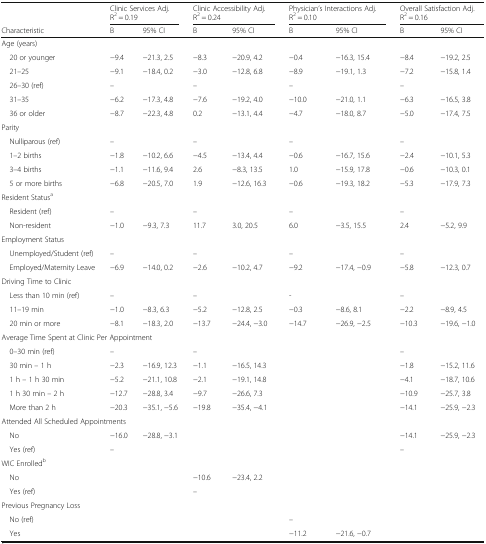
<table><thead><tr><td></td><td colspan="2"><b>Clinic Services Adj. R<sup>2</sup> = 0.19</b></td><td colspan="2"><b>Clinic Accessibility Adj. R<sup>2</sup> = 0.24</b></td><td colspan="2"><b>Physician’s Interactions Adj. R<sup>2</sup> = 0.10</b></td><td colspan="2"><b>Overall Satisfaction Adj. R<sup>2</sup> = 0.16</b></td></tr><tr><td><b>Characteristic</b></td><td><b>B</b></td><td><b>95% CI</b></td><td><b>B</b></td><td><b>95% CI</b></td><td><b>B</b></td><td><b>95% CI</b></td><td><b>B</b></td><td><b>95% CI</b></td></tr></thead><tbody><tr><td colspan="9">Age (years)</td></tr><tr><td> 20 or younger</td><td>−9.4</td><td>−21.3, 2.5</td><td>−8.3</td><td>−20.9, 4.2</td><td>−0.4</td><td>−16.3, 15.4</td><td>−8.4</td><td>−19.2, 2.5</td></tr><tr><td> 21–25</td><td>−9.1</td><td>−18.4, 0.2</td><td>−3.0</td><td>−12.8, 6.8</td><td>−8.9</td><td>−19.1, 1.3</td><td>−7.2</td><td>−15.8, 1.4</td></tr><tr><td> 26–30 (ref)</td><td>–</td><td></td><td>–</td><td></td><td>–</td><td></td><td>–</td><td></td></tr><tr><td> 31–35</td><td>−6.2</td><td>−17.3, 4.8</td><td>−7.6</td><td>−19.2, 4.0</td><td>−10.0</td><td>−21.0, 1.1</td><td>−6.3</td><td>−16.5, 3.8</td></tr><tr><td> 36 or older</td><td>−8.7</td><td>−22.3, 4.8</td><td>0.2</td><td>−13.1, 4.4</td><td>−4.7</td><td>−18.0, 8.7</td><td>−5.0</td><td>−17.4, 7.5</td></tr><tr><td colspan="9">Parity</td></tr><tr><td> Nulliparous (ref)</td><td>–</td><td></td><td>–</td><td></td><td>–</td><td></td><td>–</td><td></td></tr><tr><td> 1–2 births</td><td>−1.8</td><td>−10.2, 6.6</td><td>−4.5</td><td>−13.4, 4.4</td><td>−0.6</td><td>−16.7, 15.6</td><td>−2.4</td><td>−10.1, 5.3</td></tr><tr><td> 3–4 births</td><td>−1.1</td><td>−11.6, 9.4</td><td>2.6</td><td>−8.3, 13.5</td><td>1.0</td><td>−15.9, 17.8</td><td>−0.6</td><td>−10.3, 0.1</td></tr><tr><td> 5 or more births</td><td>−6.8</td><td>−20.5, 7.0</td><td>1.9</td><td>−12.6, 16.3</td><td>−0.6</td><td>−19.3, 18.2</td><td>−5.3</td><td>−17.9, 7.3</td></tr><tr><td colspan="9">Resident Status<sup>a</sup></td></tr><tr><td> Resident (ref)</td><td>–</td><td></td><td>–</td><td></td><td>–</td><td></td><td>–</td><td></td></tr><tr><td> Non-resident</td><td>−1.0</td><td>−9.3, 7.3</td><td>11.7</td><td>3.0, 20.5</td><td>6.0</td><td>−3.5, 15.5</td><td>2.4</td><td>−5.2, 9.9</td></tr><tr><td colspan="9">Employment Status</td></tr><tr><td> Unemployed/Student (ref)</td><td>–</td><td></td><td>–</td><td></td><td>–</td><td></td><td>–</td><td></td></tr><tr><td> Employed/Maternity Leave</td><td>−6.9</td><td>−14.0, 0.2</td><td>−2.6</td><td>−10.2, 4.7</td><td>−9.2</td><td>−17.4, −0.9</td><td>−5.8</td><td>−12.3, 0.7</td></tr><tr><td colspan="9">Driving Time to Clinic</td></tr><tr><td> Less than 10 min (ref)</td><td>–</td><td></td><td>–</td><td></td><td>-</td><td></td><td>–</td><td></td></tr><tr><td> 11–19 min</td><td>−1.0</td><td>−8.3, 6.3</td><td>−5.2</td><td>−12.8, 2.5</td><td>−0.3</td><td>−8.6, 8.1</td><td>−2.2</td><td>−8.9, 4.5</td></tr><tr><td> 20 min or more</td><td>−8.1</td><td>−18.3, 2.0</td><td>−13.7</td><td>−24.4, −3.0</td><td>−14.7</td><td>−26.9, −2.5</td><td>−10.3</td><td>−19.6, −1.0</td></tr><tr><td colspan="9">Average Time Spent at Clinic Per Appointment</td></tr><tr><td> 0–30 min (ref)</td><td>–</td><td></td><td>–</td><td></td><td></td><td></td><td>–</td><td></td></tr><tr><td> 30 min – 1 h</td><td>−2.3</td><td>−16.9, 12.3</td><td>−1.1</td><td>−16.5, 14.3</td><td></td><td></td><td>−1.8</td><td>−15.2, 11.6</td></tr><tr><td> 1 h – 1 h 30 min</td><td>−5.2</td><td>−21.1, 10.8</td><td>−2.1</td><td>−19.1, 14.8</td><td></td><td></td><td>−4.1</td><td>−18.7, 10.6</td></tr><tr><td> 1 h 30 min – 2 h</td><td>−12.7</td><td>−28.8, 3.4</td><td>−9.7</td><td>−26.6, 7.3</td><td></td><td></td><td>−10.9</td><td>−25.7, 3.8</td></tr><tr><td> More than 2 h</td><td>−20.3</td><td>−35.1, −5.6</td><td>−19.8</td><td>−35.4, −4.1</td><td></td><td></td><td>−14.1</td><td>−25.9, −2.3</td></tr><tr><td colspan="9">Attended All Scheduled Appointments</td></tr><tr><td> No</td><td>−16.0</td><td>−28.8, −3.1</td><td></td><td></td><td></td><td></td><td>−14.1</td><td>−25.9, −2.3</td></tr><tr><td> Yes (ref)</td><td>–</td><td></td><td></td><td></td><td></td><td></td><td>–</td><td></td></tr><tr><td colspan="9">WIC Enrolled<sup>b</sup></td></tr><tr><td> No</td><td></td><td></td><td>−10.6</td><td>−23.4, 2.2</td><td></td><td></td><td></td><td></td></tr><tr><td> Yes (ref)</td><td></td><td></td><td>–</td><td></td><td></td><td></td><td></td><td></td></tr><tr><td colspan="9">Previous Pregnancy Loss</td></tr><tr><td> No (ref)</td><td></td><td></td><td></td><td></td><td>–</td><td></td><td></td><td></td></tr><tr><td> Yes</td><td></td><td></td><td></td><td></td><td>−11.2</td><td>−21.6, −0.7</td><td></td><td></td></tr></tbody></table>